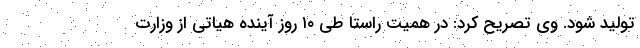
تولید شود. وی تصریح کرد: در همیت راستا طی ۱۰ روز آینده هیاتی از وزارت